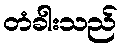
တံခါးသည်